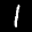
Label: 1